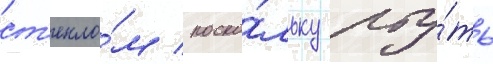
ст'екло́м / поско́льку рту́ть